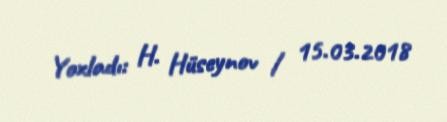
Yoxladı: H. Hüseynov / 15.03.2018